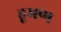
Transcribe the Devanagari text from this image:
हूमण